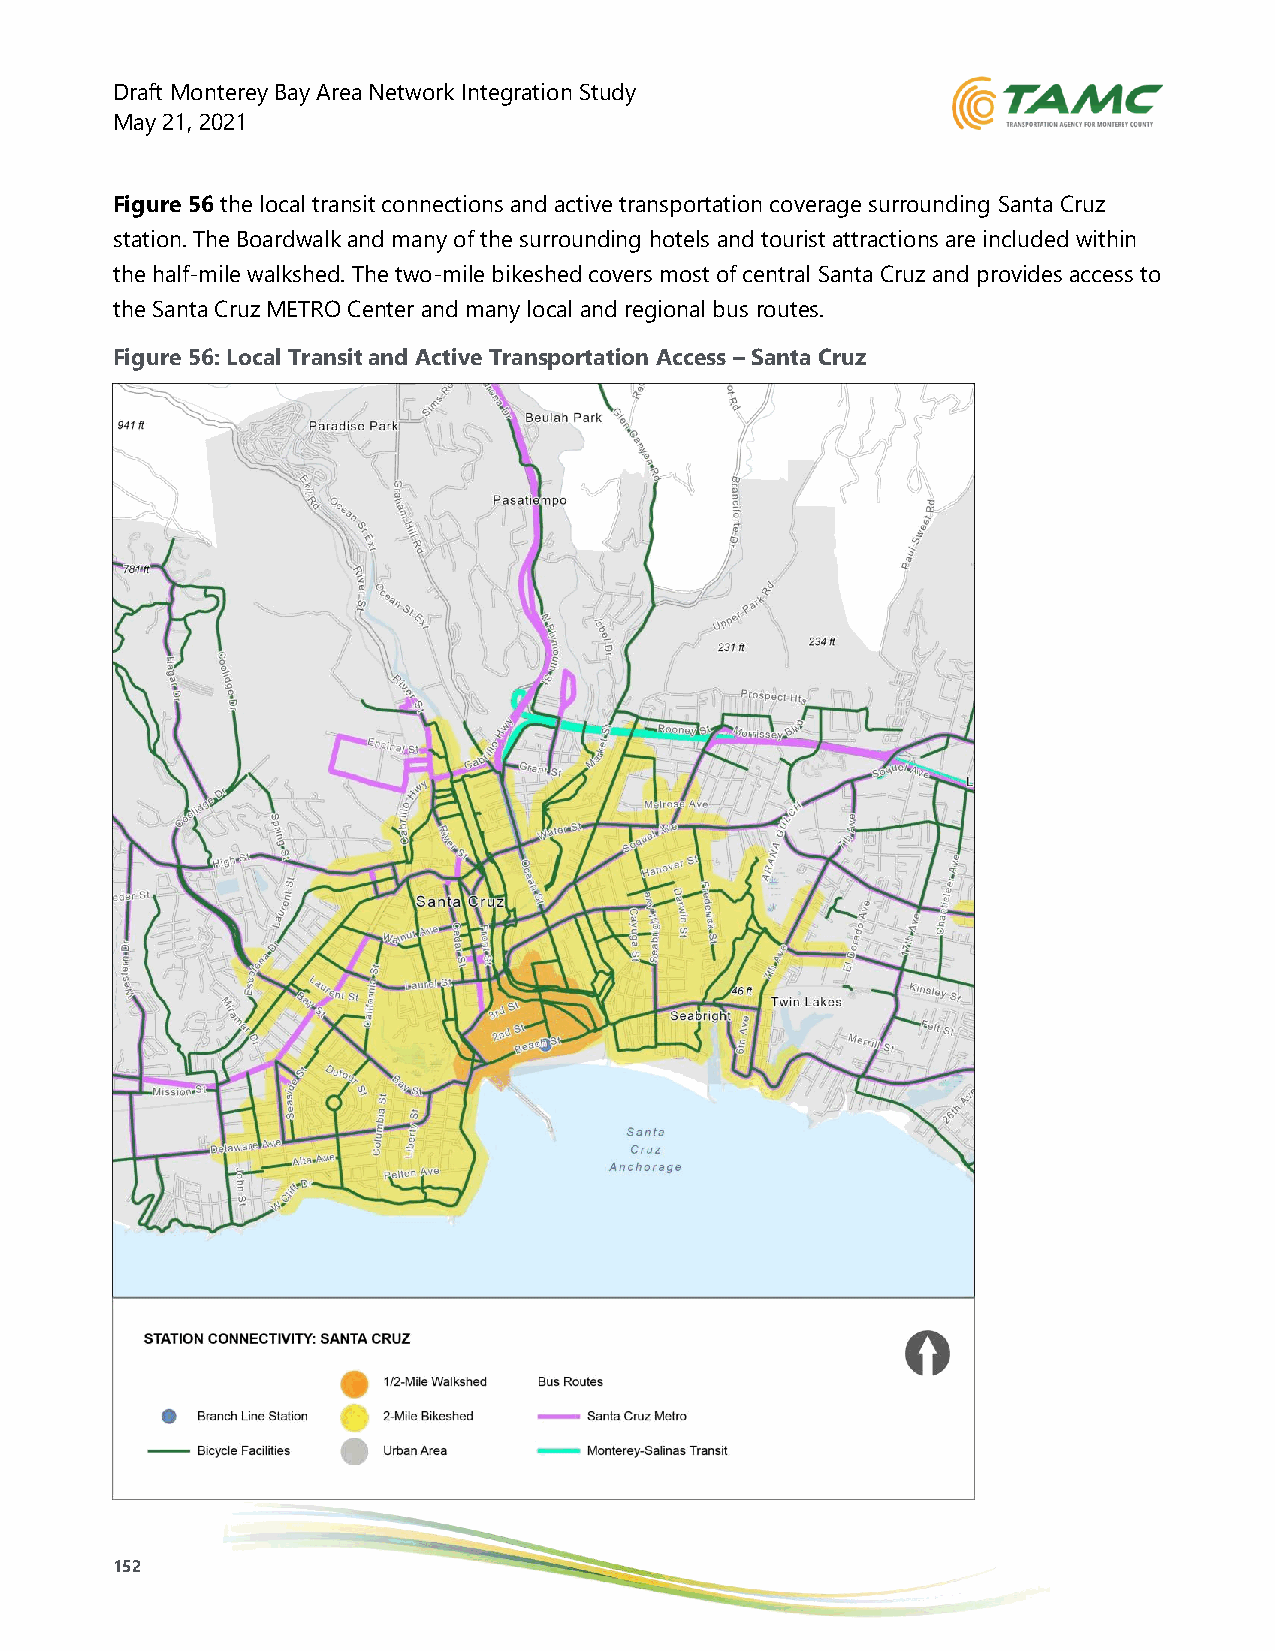
Draft Monterey Bay Area Network Integration Study
 May 21, 2021
 Figure 56 the local transit connections and active transportation coverage surrounding Santa Cruz
 station. The Boardwalk and many of the surrounding hotels and tourist attractions are included within
 the half-mile walkshed. The two-mile bikeshed covers most of central Santa Cruz and provides access to
 the Santa Cruz METRO Center and many local and regional bus routes.
 Figure 56: Local Transit and Active Transportation Access – Santa Cruz
 152